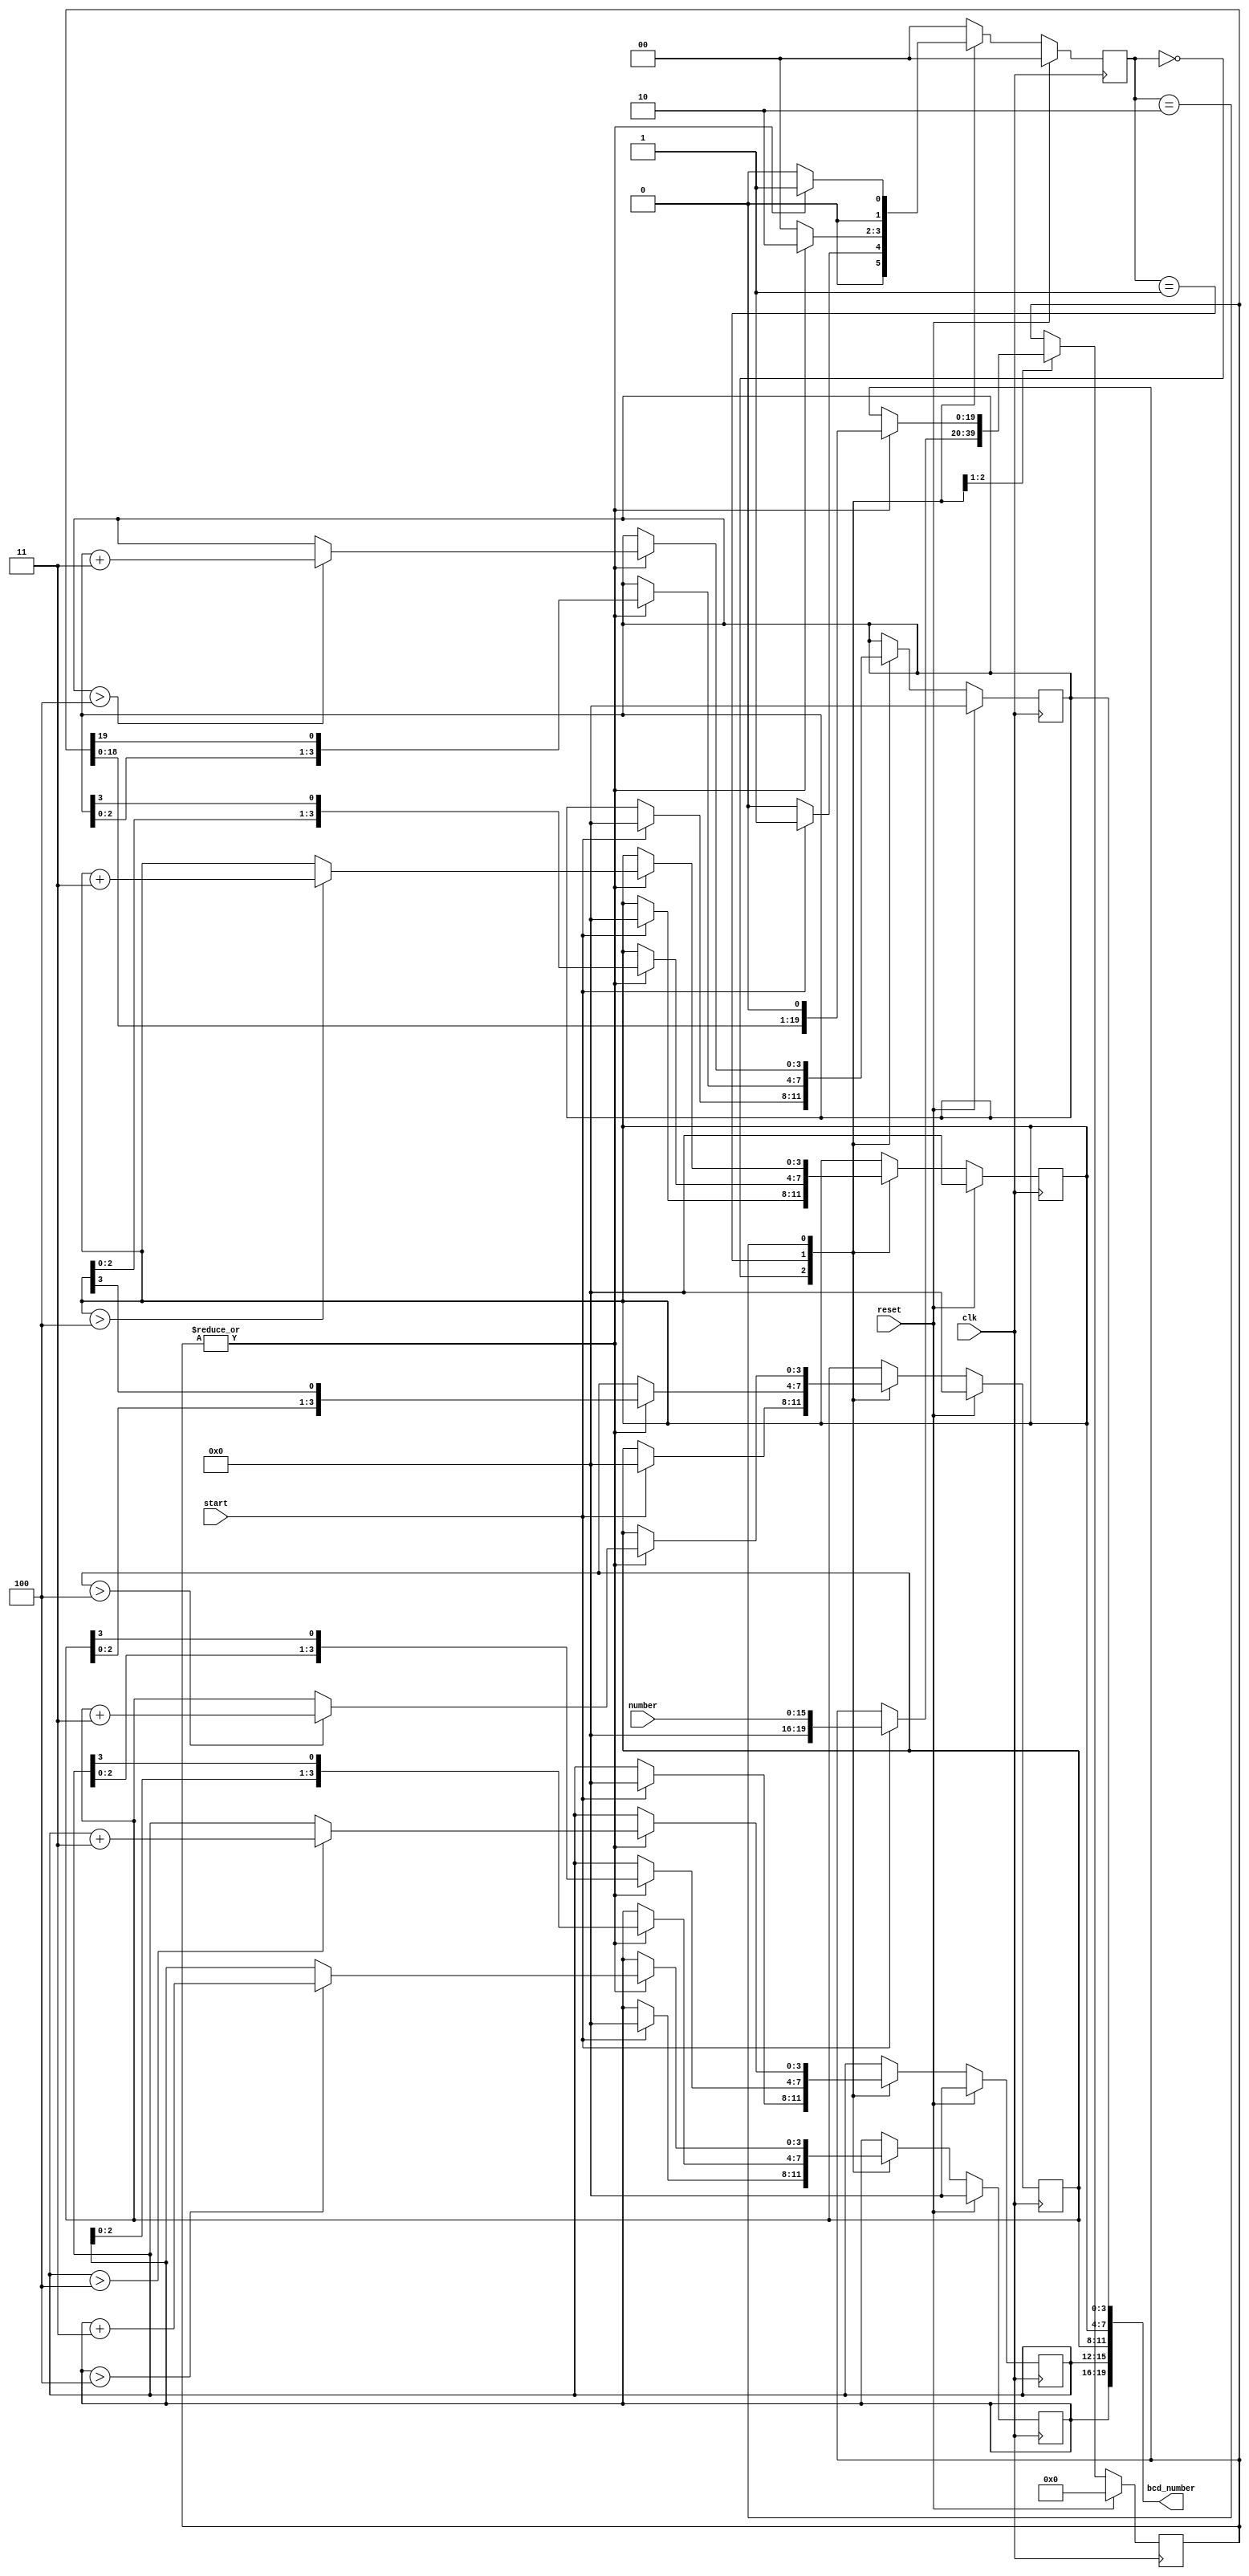
module Converter (
    input wire clk,
    input wire reset,
    input wire start,
    input wire [15:0] number,
    output wire [19:0] bcd_number
);

localparam IDLE = 2'b00;
localparam RUN  = 2'b01;
localparam SUM  = 2'b10;

reg [1:0] state;
reg [3:0] bcd_number_1, bcd_number_2, bcd_number_3, bcd_number_4, bcd_number_5;
reg [19:0] input_number;

wire zero = ~( |input_number );

initial begin
    bcd_number_1 = 4'h0;
    bcd_number_2 = 4'h0;
    bcd_number_3 = 4'h0;
    bcd_number_4 = 4'h0;
    bcd_number_5 = 4'h0;
    state = IDLE;
end

always @(posedge clk ) begin
    if(reset == 1'b1) begin
        bcd_number_1 <= 4'h0;
        bcd_number_2 <= 4'h0;
        bcd_number_3 <= 4'h0;
        bcd_number_4 <= 4'h0;
        bcd_number_5 <= 4'h0;
        state <= IDLE;
        input_number <= 20'h00000;
    end else begin
        case (state)
            IDLE: begin
                if(start == 1'b1) begin
                    state <= RUN;
                    bcd_number_1 <= 4'h0;
                    bcd_number_2 <= 4'h0;
                    bcd_number_3 <= 4'h0;
                    bcd_number_4 <= 4'h0;
                    bcd_number_5 <= 4'h0;
                    input_number <= number;
                end
                else state <= IDLE;
            end
            RUN: begin
                if(zero == 1'b0) begin
                    bcd_number_1 <= {bcd_number_1[2:0], input_number[19]};
                    bcd_number_2 <= {bcd_number_2[2:0], bcd_number_1[3]};
                    bcd_number_3 <= {bcd_number_3[2:0], bcd_number_2[3]};
                    bcd_number_4 <= {bcd_number_4[2:0], bcd_number_3[3]};
                    bcd_number_5 <= {bcd_number_5[2:0], bcd_number_4[3]};
                    input_number <= {input_number[18:0], 1'b0};

                    state <= SUM;
                end else begin
                    state <= IDLE;
                end
            end
            SUM: begin
                if(zero == 1'b0) begin
                    if(bcd_number_1 > 'd4)
                        bcd_number_1 <= bcd_number_1 + 'd3;
                    if(bcd_number_2 > 'd4)
                        bcd_number_2 <= bcd_number_2 + 'd3;
                    if(bcd_number_3 > 'd4)
                        bcd_number_3 <= bcd_number_3 + 'd3;
                    if(bcd_number_4 > 'd4)
                        bcd_number_4 <= bcd_number_4 + 'd3;
                    if(bcd_number_5 > 'd4)
                        bcd_number_5 <= bcd_number_5 + 'd3;
                        
                    state <= RUN;
                end else begin
                    state <= IDLE;
                end
            end
            default: state <= IDLE;
        endcase
    end
end

assign bcd_number = {bcd_number_5, bcd_number_4, bcd_number_3, bcd_number_2, bcd_number_1};
    
endmodule